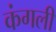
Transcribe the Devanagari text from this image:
कंगली